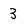
Character: 3